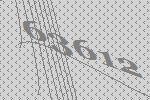
63612